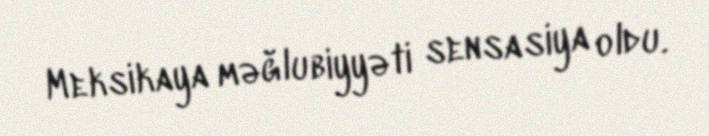
Meksikaya məğlubiyyəti sensasiya oldu.